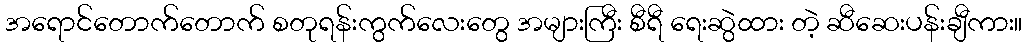
အရောင်တောက်တောက် စတုရန်းကွက်လေးတွေ အများကြီး စီရီ ရေးဆွဲထား တဲ့ ဆီဆေးပန်းချီကား။